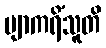
ဗျာကရိံသူတိ